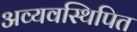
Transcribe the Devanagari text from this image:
अव्यवस्थिपित